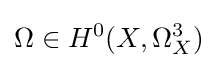
\Omega \in H^{0}(X,\Omega _{X}^{3})